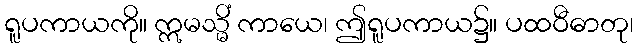
ရူပကာယကို။ ဣမသ္မိံ ကာယေ၊ ဤရူပကာယ၌။ ပထဝီဓာတု၊